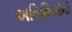
અતિથિઓની